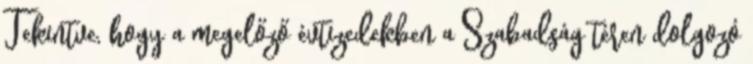
Tekintve, hogy a meg­előző évtizedekben a Szabadság téren dolgozó